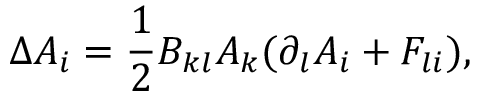
\Delta A _ { i } = \frac { 1 } { 2 } B _ { k l } A _ { k } ( \partial _ { l } A _ { i } + F _ { l i } ) ,